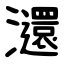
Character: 㶎